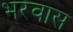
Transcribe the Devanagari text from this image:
भरवास